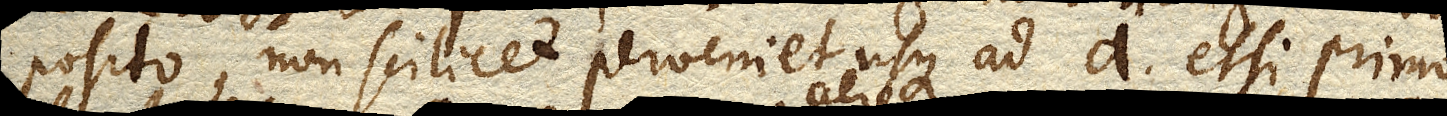
posito, non scilicet perveniet usque ad a . etsi primo